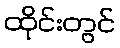
ထိုင်းတွင်